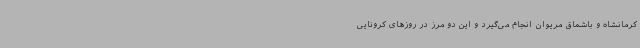
کرمانشاه و باشماق مریوان انجام می‌گیرد و این دو مرز در روزهای کرونایی